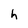
Character: h